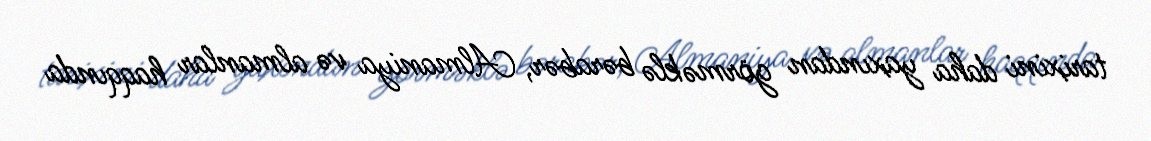
tarixini daha yaxından görməklə bərabər, Almaniya və almanlar haqqında